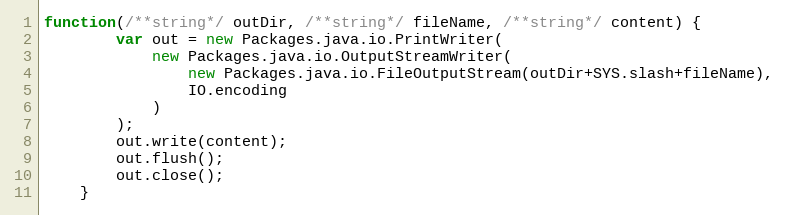
Language: JavaScript
function(/**string*/ outDir, /**string*/ fileName, /**string*/ content) {
		var out = new Packages.java.io.PrintWriter(
			new Packages.java.io.OutputStreamWriter(
				new Packages.java.io.FileOutputStream(outDir+SYS.slash+fileName),
				IO.encoding
			)
		);
		out.write(content);
		out.flush();
		out.close();
	}